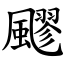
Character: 飂